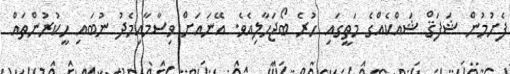
ފެށުމުން ޝަފަޤް ޝައްކެއްގެ މަތީގައި ހުރެ ބޯޖަހާލިއެވެ. އޭނައަށް ވިސާމާއިމެދު ނުބައި ހީކުރުންތައް